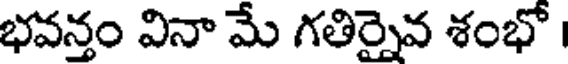
భవన్తం వినా మే గతిర్నైవ శంభో